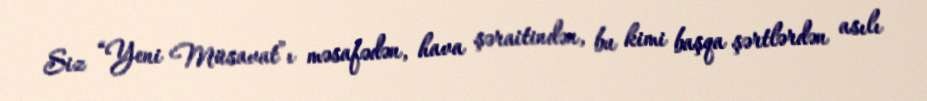
Siz “Yeni Müsavat”ı məsafədən, hava şəraitindən, bu kimi başqa şərtlərdən asılı